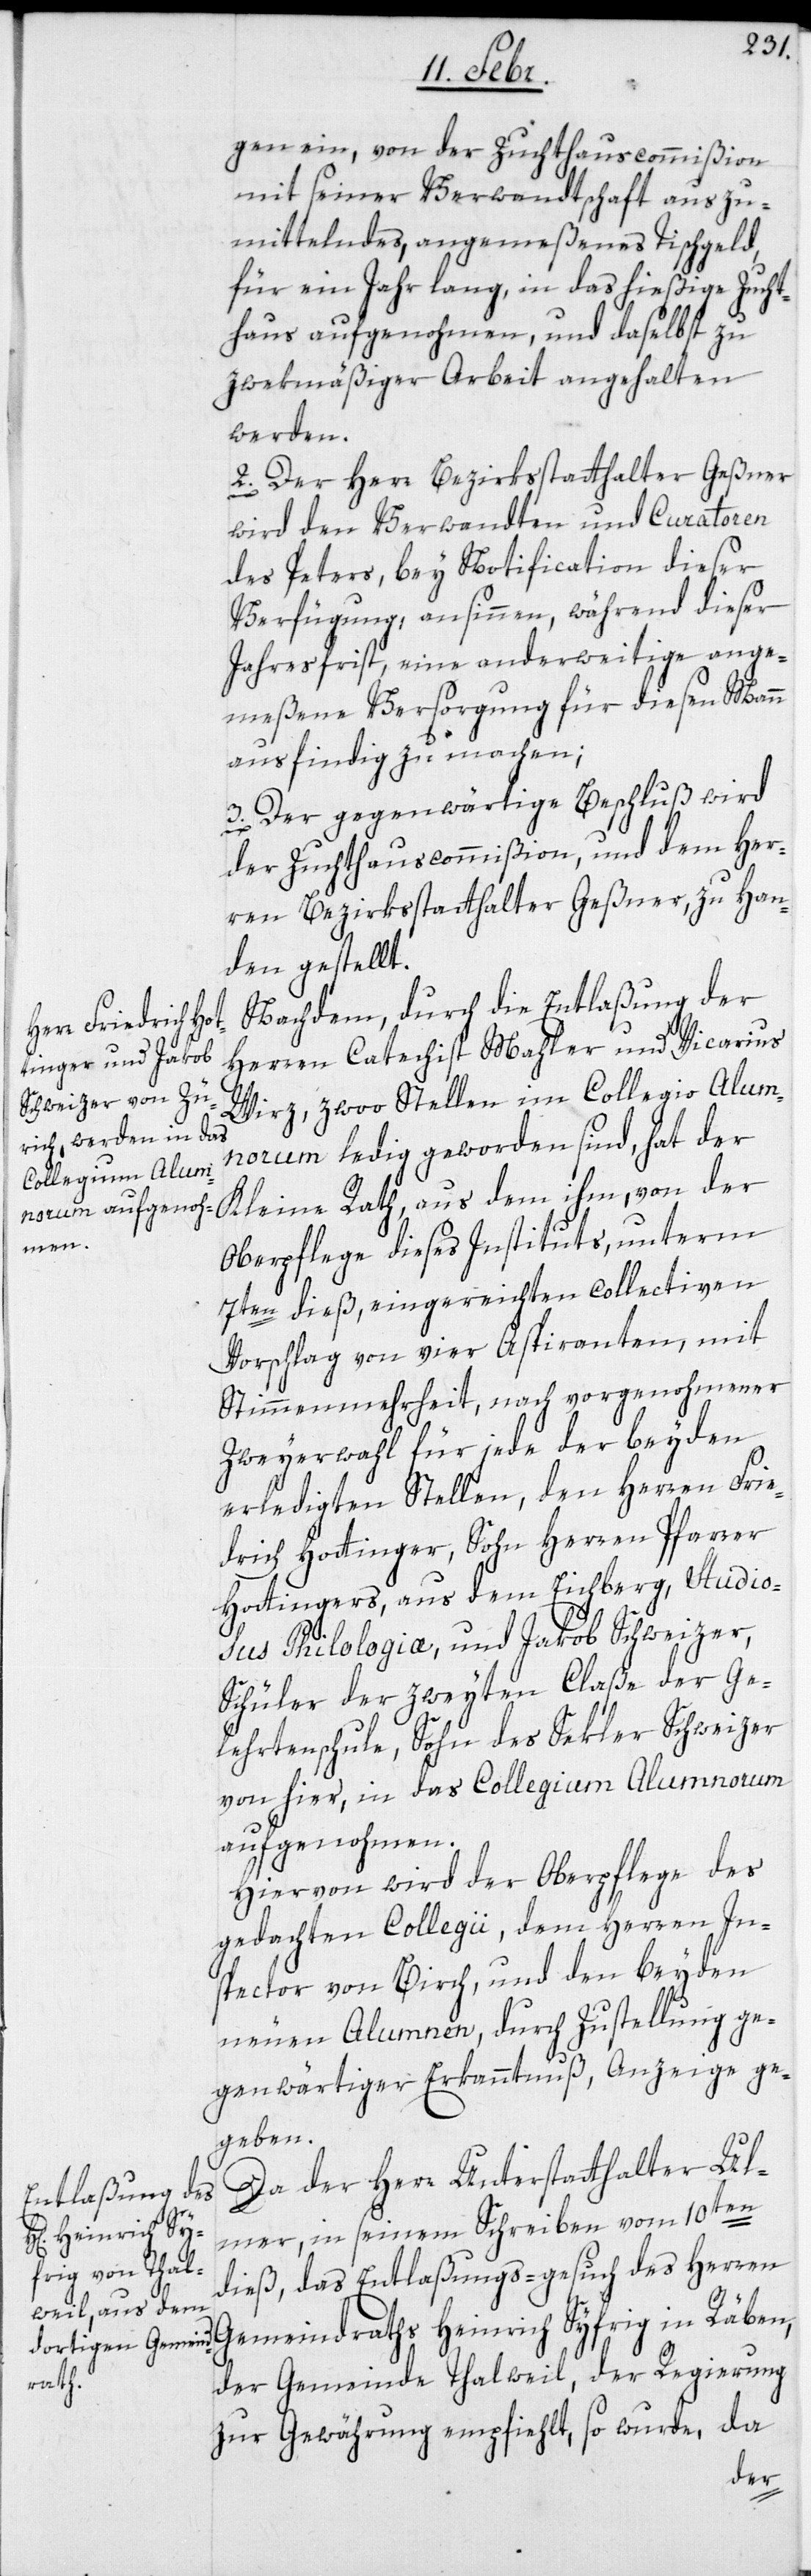
gen ein, von der Zuchthauscommißion
mit seiner Verwandtschaft auszu¬
mittelndes, angemeßenes Tischgeld,
für ein Jahr lang, in das hießige Zucht¬
haus aufgenohmen, und daselbst zu
zwekmäßiger Arbeit angehalten
werden.
2. Der Herr Bezirksstatthalter Geßner
wird den Verwandten und Curatoren
des Peters, bey Notification dieser
Verfügung, ansinnen, während dieser
Jahresfrist, eine anderweitige ange¬
meßene Versorgung für diesen Mann
ausfindig zu machen;
3. Der gegenwärtige Beschluß wird
der Zuchthauscommißion, und dem Her¬
ren Bezirksstatthalter Geßner, zu Han¬
den gestellt.
Nachdem, durch die Entlaßung der
Herren Catechist Mahler und Vicarius
Wirz, zwoo Stellen im Collegio Alum¬
norum ledig geworden sind, hat der
Kleine Rath, aus dem ihm, von der
Oberpflege dieses Instituts, unterm
7ten dieß, eingereichten collectiven
Vorschlag von vier Aspiranten, mit
Stimmenmehrheit, nach vorgenohmener
Zweyerwahl für jede der beyden
erledigten Stellen, den Herren Frie¬
drich Hottinger, Sohn Herren Pfarrer
Hottingers, aus dem Eichberg, Studio¬
sus Philologia, und Jakob Schweizer,
Schüler der zweyten Claße der Ge¬
lehrtenschule, Sohn des Sekler Schweizer
von hier, in das Collegium Alumnorum
aufgenohmen.
Hiervon wird der Oberpflege des
gedachten Collegii, dem Herren In¬
spector von Birch und den beyden
neuen Alumnen, durch Zustellung ge¬
genwärtiger Erkanntnuß, Anzeige ge¬
geben.
Da der Herr Unterstatthalter Ul¬
mer, in seinem Schreiben vom 10ten
dieß, das Entlaßungs-gesuch des Herren
Gemeindraths Heinrich Syfrig in Räben,
der Gemeinde Thalweil, der Regierung
zur Gewährung empfiehlt, so wurde, da